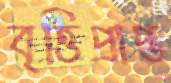
বৃত্তিপ্রাপ্ত